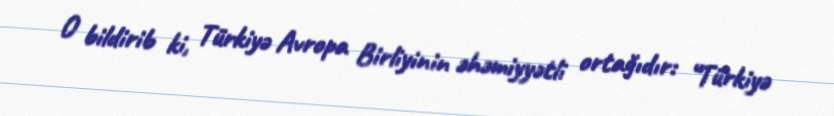
O bildirib ki, Türkiyə Avropa Birliyinin əhəmiyyətli ortağıdır: “Türkiyə